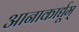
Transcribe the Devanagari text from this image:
आनाकार्द्यूम्